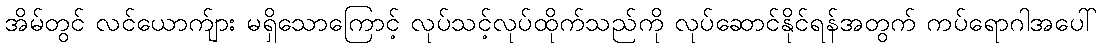
အိမ်တွင် လင်ယောက်ျား မရှိသောကြောင့် လုပ်သင့်လုပ်ထိုက်သည်ကို လုပ်ဆောင်နိုင်ရန်အတွက် ကပ်ရောဂါအပေါ်